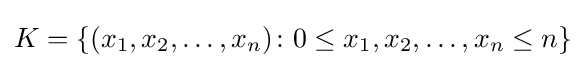
K=\{(x_{1},x_{2},\ldots ,x_{n})\colon 0\leq x_{1},x_{2},\ldots ,x_{n}\leq n\}